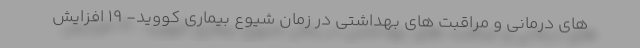
های درمانی و مراقبت های بهداشتی در زمان شیوع بیماری کووید- ۱۹ افزایش